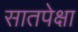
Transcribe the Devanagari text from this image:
सातपेक्षा